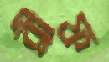
ব্রীফ